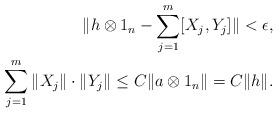
\begin{align*}\| h \otimes 1_n - \sum_{j=1}^m [X_j, Y_j] \| < \epsilon,\\\sum_{j=1}^m \| X_j \| \cdot \| Y_j \| \leq C \| a \otimes 1_n \| = C \| h \|.\end{align*}